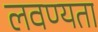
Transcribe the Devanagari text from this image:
लवण्यता